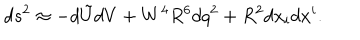
d s ^ { 2 } \approx - d \tilde { U } d V + W ^ { 4 } R ^ { 6 } d q ^ { 2 } + R ^ { 2 } d x _ { i } d x ^ { i } .